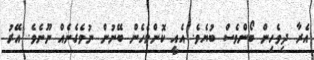
އެރާ ދިވެހިން ބޯންވެސް ބުޔެވެ. އެއީ ކޮންމެހެން ބޭނުން ނުވެގެނެއް ނޫނެވެ. އޭރު